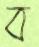
ব